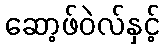
ဆော့ဖ်ဝဲလ်နှင့်